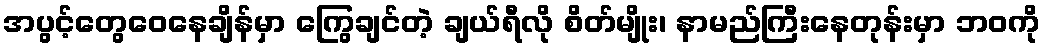
အပွင့်တွေဝေနေချိန်မှာ ကြွေချင်တဲ့ ချယ်ရီလို စိတ်မျိုး၊ နာမည်ကြီးနေတုန်းမှာ ဘဝကို